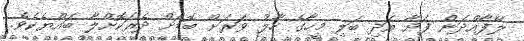
ލޭފާއްދަން ފަށާ އަދި ބަލި މީހާގެ ހާލު ވަރަށް ބޮޑަށް ދެރަކޮށްލާ ބައްޔެކެވެ.